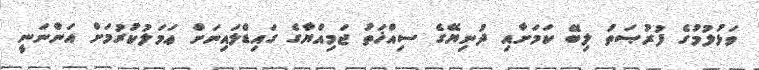
ވަޅުލުމުގެ ފުރުޞަތު ލިބޭ ކަމަށާއި ދުނިޔޭގެ ސިއްޚަތު ޖަމިއްޔާގެ ގައިޑްލައިނަށް ޢަމަލުކުރުމަށް އަންނަނީ